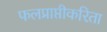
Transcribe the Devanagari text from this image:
फलप्राप्तीकरिता